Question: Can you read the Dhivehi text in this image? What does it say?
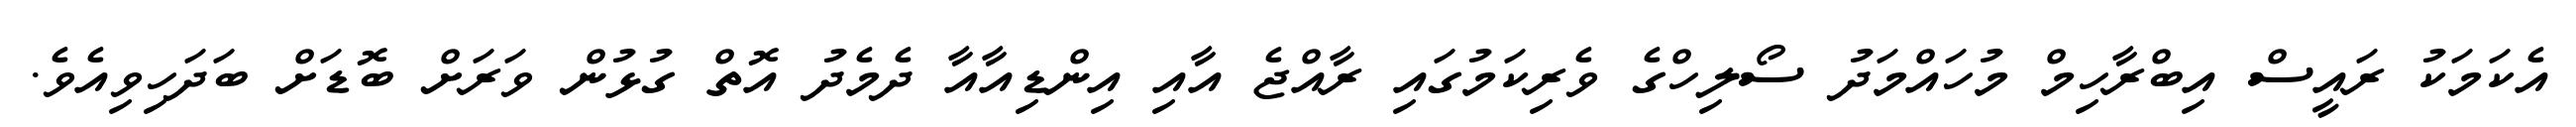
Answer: އެކަމަކު ރައީސް އިބްރާހިމް މުހައްމަދު ސޯލިހްގެ ވެރިކަމުގައި ރާއްޖެ އާއި އިންޑިއާއާ ދެމެދު އޮތް ގުޅުން ވަރަށް ބޮޑަށް ބަދަހިވިއެވެ.